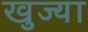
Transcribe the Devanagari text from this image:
खुज्या